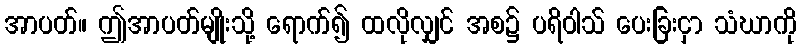
အာပတ်။ ဤအာပတ်မျိုးသို့ ရောက်၍ ထလိုလျှင် အစ၌ ပရိဝါသ် ပေးခြးငှာ သံဃာကို